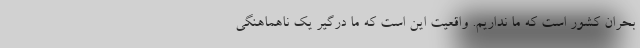
بحران کشور است که ما نداریم. واقعیت این است که ما درگیر یک ناهماهنگی